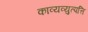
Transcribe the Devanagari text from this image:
काव्यव्युत्पत्ति